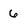
Character: 6